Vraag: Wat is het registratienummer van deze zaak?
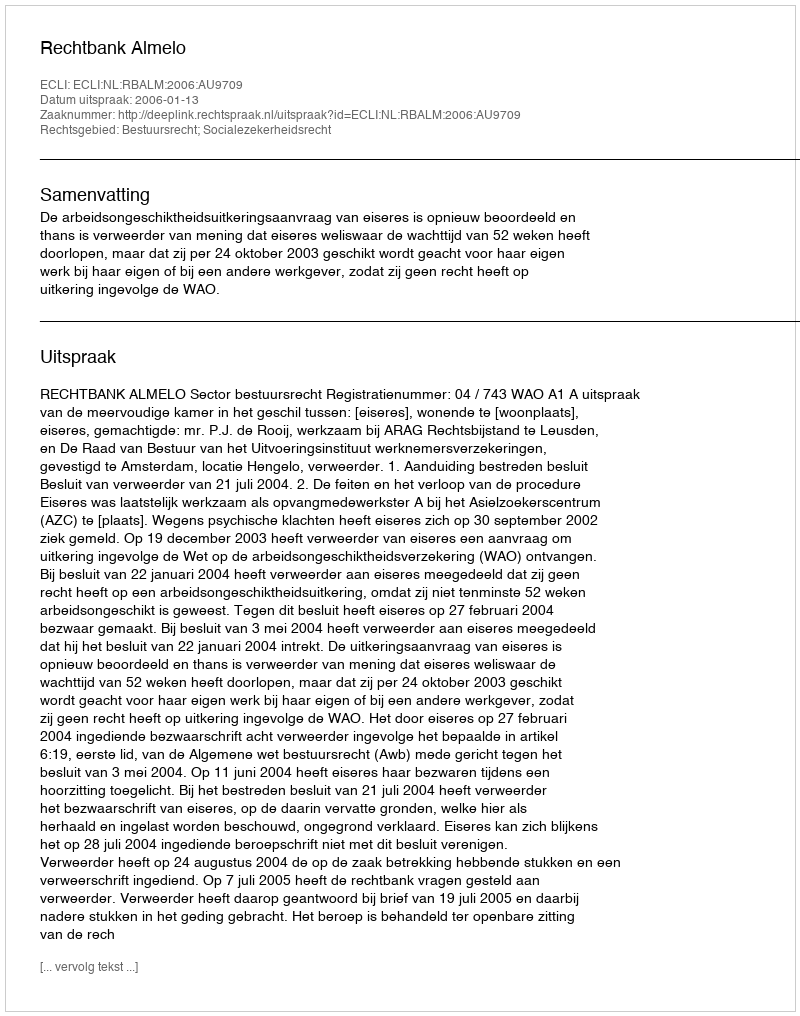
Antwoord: http://deeplink.rechtspraak.nl/uitspraak?id=ECLI:NL:RBALM:2006:AU9709